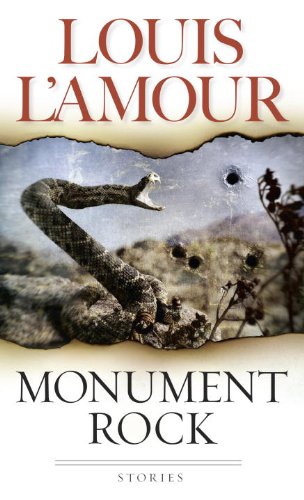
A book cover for Monument Rock: A Novel; Louis L'Amour; Literature & Fiction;